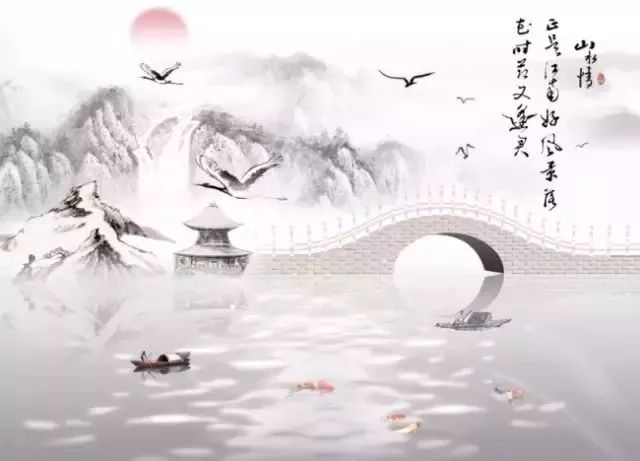
知而好问，然后能才。